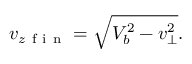
v _ { z \mathrm { ~ f ~ i ~ n ~ } } = \sqrt { V _ { b } ^ { 2 } - v _ { \perp } ^ { 2 } } .